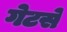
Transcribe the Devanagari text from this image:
गेटसे